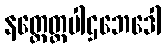
နတ္ထေတ္ထပါဌဘေဒေါ